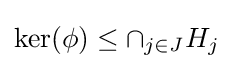
\ker(\phi )\leq \cap _{j\in J}H_{j}